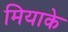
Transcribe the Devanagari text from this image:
मियाके